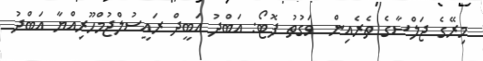
މިރޭގެ ޖަލްސާގެ ތެރެއިން  ވަގުތު ފޮޓޯ: އަބްދު އަބީދް ރައީސުލްޖުމްހޫރިއްޔާ އަބްދު